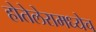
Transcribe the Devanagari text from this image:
होतेलेरामध्येच